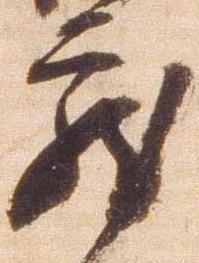
蔵